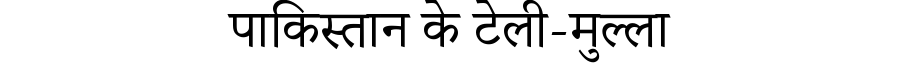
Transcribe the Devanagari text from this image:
पाकिस्तान के टेली-मुल्ला